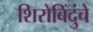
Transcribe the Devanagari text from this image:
शिरोबिंदुंचे